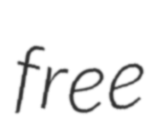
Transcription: free